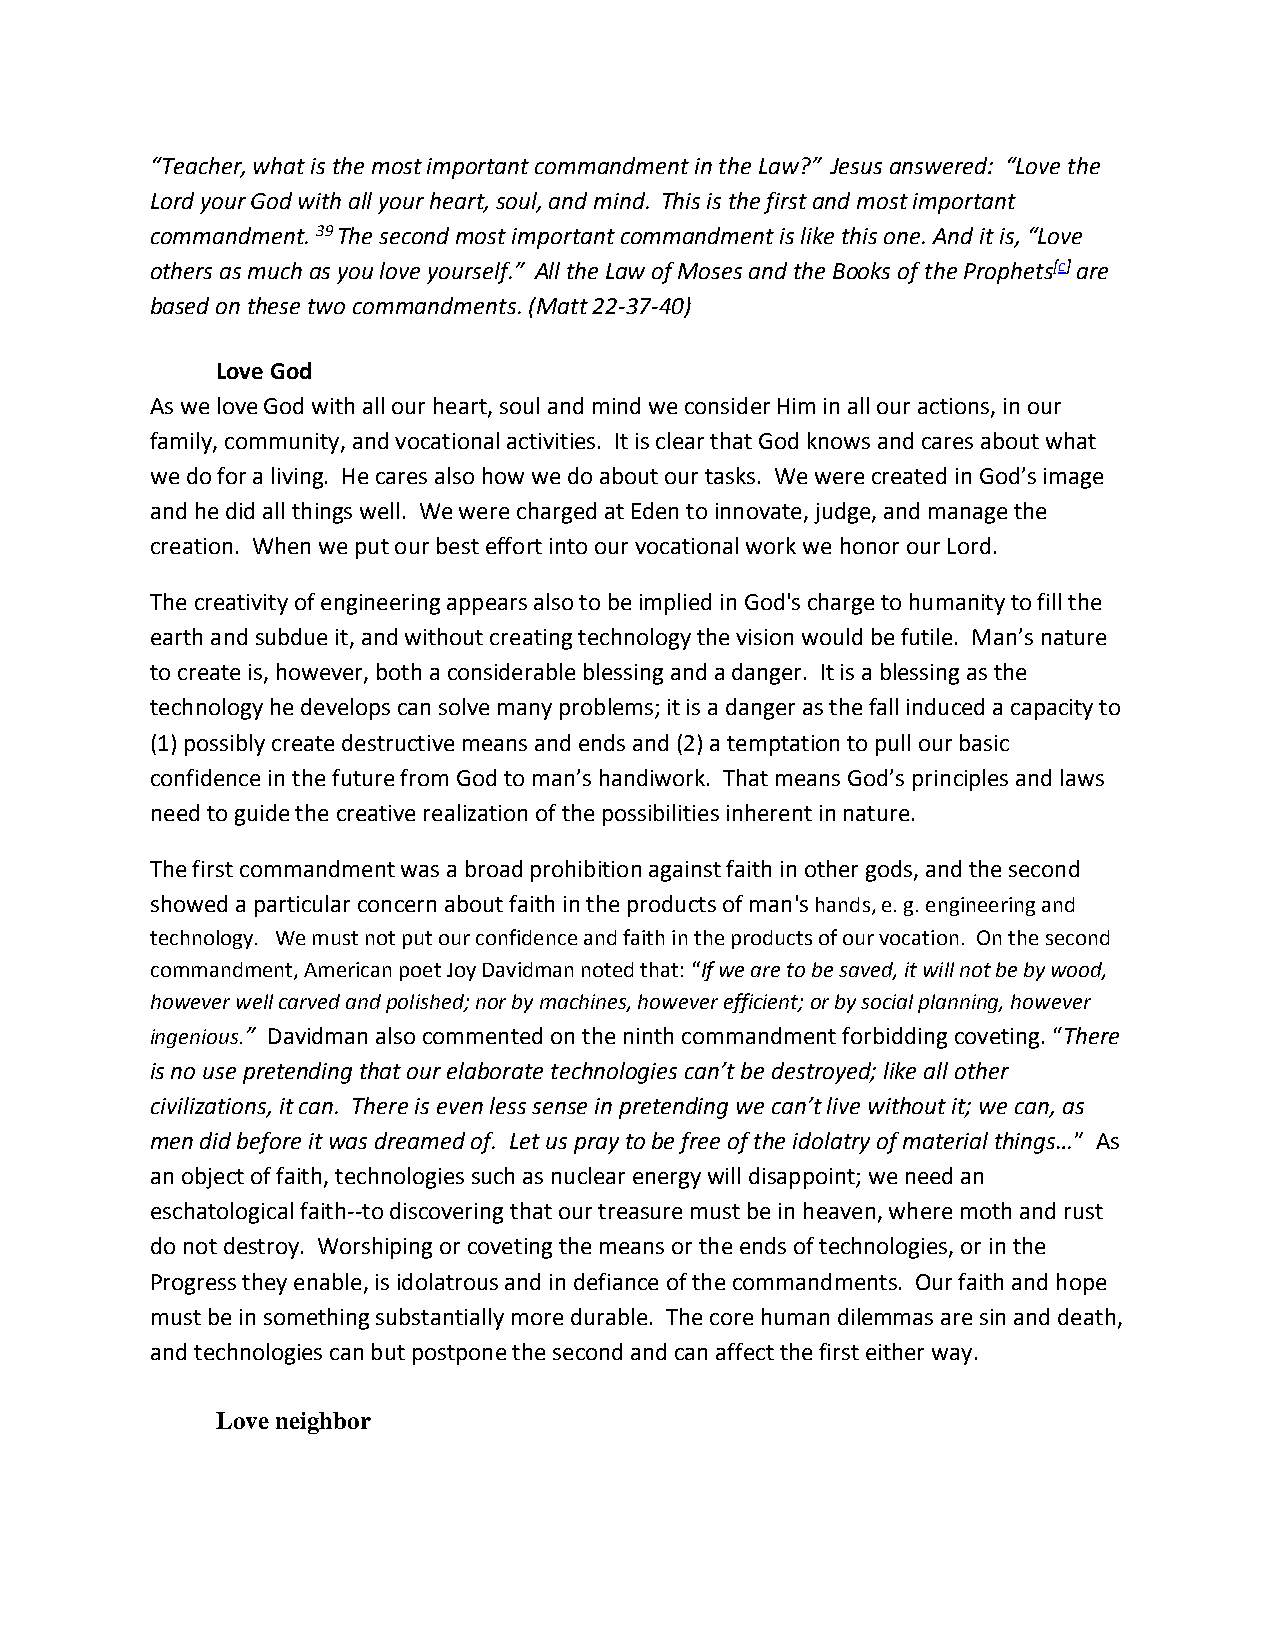
“Teacher, what is the most important commandment in the Law?” Jesus answered: “Love the
 Lord your God with all your heart, soul, and mind. This is the first and most important
 commandment. 39 The second most important commandment is like this one. And it is, “Love
 others as much as you love yourself.” All the Law of Moses and the Books of the Prophets[c] are
 based on these two commandments. (Matt 22-37-40)
 Love God
 As we love God with all our heart, soul and mind we consider Him in all our actions, in our
 family, community, and vocational activities. It is clear that God knows and cares about what
 we do for a living. He cares also how we do about our tasks. We were created in God’s image
 and he did all things well. We were charged at Eden to innovate, judge, and manage the
 creation. When we put our best effort into our vocational work we honor our Lord.
 The creativity of engineering appears also to be implied in God's charge to humanity to fill the
 earth and subdue it, and without creating technology the vision would be futile. Man’s nature
 to create is, however, both a considerable blessing and a danger. It is a blessing as the
 technology he develops can solve many problems; it is a danger as the fall induced a capacity to
 (1) possibly create destructive means and ends and (2) a temptation to pull our basic
 confidence in the future from God to man’s handiwork. That means God’s principles and laws
 need to guide the creative realization of the possibilities inherent in nature.
 The first commandment was a broad prohibition against faith in other gods, and the second
 showed a particular concern about faith in the products of man's hands, e. g. engineering and
 technology. We must not put our confidence and faith in the products of our vocation. On the second
 commandment, American poet Joy Davidman noted that: “If we are to be saved, it will not be by wood,
 however well carved and polished; nor by machines, however efficient; or by social planning, however
 ingenious.” Davidman also commented on the ninth commandment forbidding coveting. “There
 is no use pretending that our elaborate technologies can’t be destroyed; like all other
 civilizations, it can. There is even less sense in pretending we can’t live without it; we can, as
 men did before it was dreamed of. Let us pray to be free of the idolatry of material things…” As
 an object of faith, technologies such as nuclear energy will disappoint; we need an
 eschatological faith--to discovering that our treasure must be in heaven, where moth and rust
 do not destroy. Worshiping or coveting the means or the ends of technologies, or in the
 Progress they enable, is idolatrous and in defiance of the commandments. Our faith and hope
 must be in something substantially more durable. The core human dilemmas are sin and death,
 and technologies can but postpone the second and can affect the first either way.
 Love neighbor